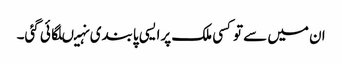
ان میں سے توکسی ملک پرایسی پابندی نہیںلگائی گئی۔